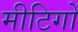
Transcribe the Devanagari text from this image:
मीटिगों